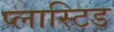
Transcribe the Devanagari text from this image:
प्लास्टिड